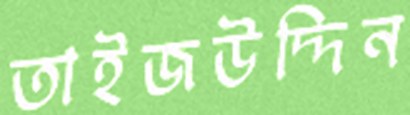
তাইজউদ্দিন